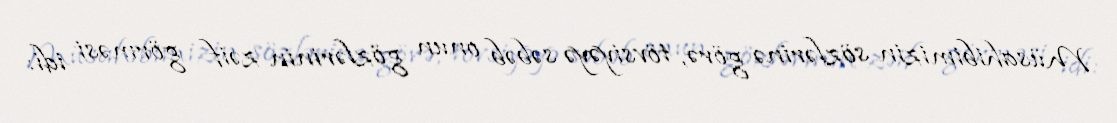
Müsahibimizin sözlərinə görə, tövsiyəyə səbəb onun gözlərinin zəif görməsi idi: